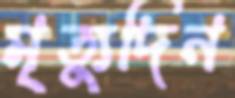
মৃত্যুদিন